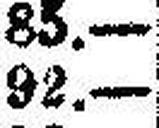
92.—